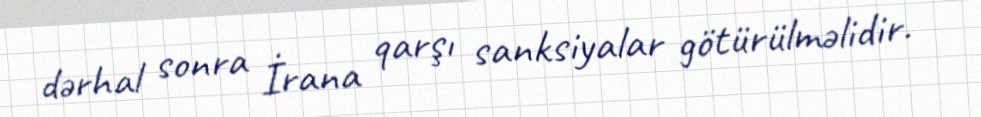
dərhal sonra İrana qarşı sanksiyalar götürülməlidir.